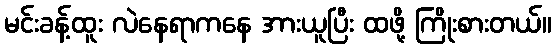
မင်းခန့်ထူး လဲနေရာကနေ အားယူပြီး ထဖို့ ကြိုးစားတယ်။